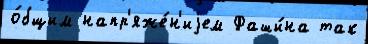
о́бщим напр'яже́н'иjем Фаши́на так